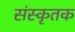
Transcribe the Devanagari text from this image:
संस्कृतक